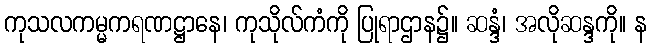
ကုသလကမ္မကရဏဋ္ဌာနေ၊ ကုသိုလ်ကံကို ပြုရာဌာန၌။ ဆန္ဒံ၊ အလိုဆန္ဒကို။ န